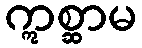
ဣစ္ဆာမ